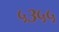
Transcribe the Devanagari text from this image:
५३५५